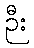
ဉီး